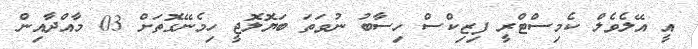
އީ އޭލެވެލް ކެމިސްޓްރީ ފިޒިކްސް ހިސާބު ނުވަތަ ބަޔޮލޮޖީ ހިމެނޭގޮތަށް 03 މާއްދާއިން